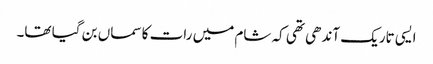
ایسی تاریک آندھی تھی کہ شام میں رات کا سماں بن گیا تھا۔